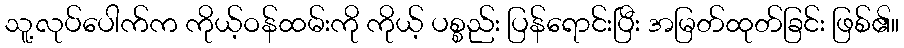
သူ့လုပ်ပေါက်က ကိုယ့်ဝန်ထမ်းကို ကိုယ့် ပစ္စည်း ပြန်ရောင်းပြီး အမြတ်ထုတ်ခြင်း ဖြစ်၏။